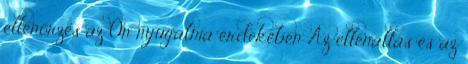
ellenőrzés az Ön nyugalma érdekében Az ellenállás és az